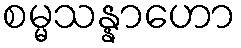
စမ္မသန္နာဟော